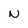
Character: N